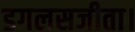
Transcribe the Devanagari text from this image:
डगलसजीता।